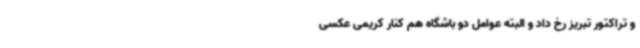
و تراکتور تبریز رخ داد و البته عوامل دو باشگاه هم کنار کریمی عکسی